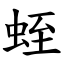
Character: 蛭